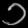
Digit: ၁